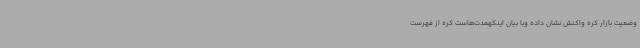
وضعیت بازار کره واکنش نشان داده وبا بیان اینکهمدت‌هاست کره از فهرست